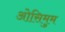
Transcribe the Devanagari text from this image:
ओसिमुम